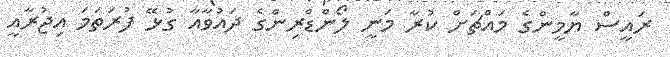
ރައީސް ޔާމީންގެ މައްޗަށް ކުރާ މަނީ ލޯންޑްރިންގެ ދައުވާއާ ގުޅޭ ފުރަތަމަ އިޖުރާއީ